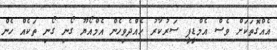
އެއްގޮތަކަށް ވެސް އެމްޑީޕީ ސަރުކާރު ހެއްދެވިހެން އެމްއޯޔޫ ގޯނި ގޯނި ތަކެއް ހެން